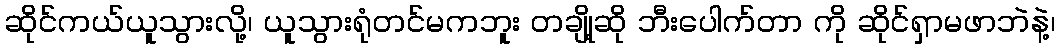
ဆိုင်ကယ်ယူသွားလို့၊ ယူသွားရုံတင်မကဘူး တချို့ဆို ဘီးပေါက်တာ ကို ဆိုင်ရှာမဖာဘဲနဲ့၊